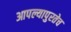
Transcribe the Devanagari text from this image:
आपल्यापुरतेच